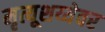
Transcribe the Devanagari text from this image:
मृत्यूशय्येवर